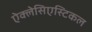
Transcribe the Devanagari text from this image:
ऐक्लेसिएस्टिकल